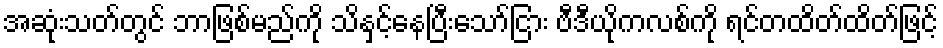
အဆုံးသတ်တွင် ဘာဖြစ်မည်ကို သိနှင့်နေပြီးသော်ငြား ဗီဒီယိုကလစ်ကို ရင်တထိတ်ထိတ်ဖြင့်